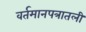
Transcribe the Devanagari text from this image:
वर्तमानपत्रातली